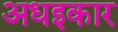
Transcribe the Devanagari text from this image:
अधइकार